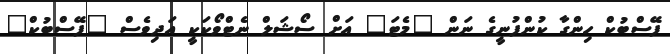
ފޭސްބުކް ހިންގާ ކުންފުނީގެ ނަން "މެޓަ" އަށް ސޯޝަލް ނެޓްވޯކަކީ އަދިވެސް "ފޭސްބުކް"